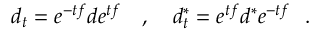
d _ { t } = e ^ { - t f } d e ^ { t f } \quad , \quad d _ { t } ^ { \ast } = e ^ { t f } d ^ { \ast } e ^ { - t f } \ \ .